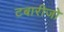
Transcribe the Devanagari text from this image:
टबारीजो